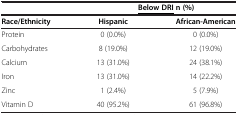
<table><thead><tr><td><b> </b></td><td colspan="2"><b><underline>Below DRI </underline>n (%)</b></td></tr></thead><tbody><tr><td><b>Race/Ethnicity</b></td><td><b>Hispanic</b></td><td><b>African-American</b></td></tr><tr><td>Protein</td><td>0 (0.0%)</td><td>0 (0.0%)</td></tr><tr><td>Carbohydrates</td><td>8 (19.0%)</td><td>12 (19.0%)</td></tr><tr><td>Calcium</td><td>13 (31.0%)</td><td>24 (38.1%)</td></tr><tr><td>Iron</td><td>13 (31.0%)</td><td>14 (22.2%)</td></tr><tr><td>Zinc</td><td>1 (2.4%)</td><td>5 (7.9%)</td></tr><tr><td>Vitamin D</td><td>40 (95.2%)</td><td>61 (96.8%)</td></tr></tbody></table>